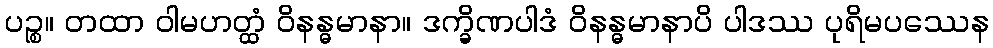
ပဉ္စ။ တထာ ဝါမဟတ္ထံ ဝိနန္ဓမာနာ။ ဒက္ခိဏပါဒံ ဝိနန္ဓမာနာပိ ပါဒဿ ပုရိမပဿေန